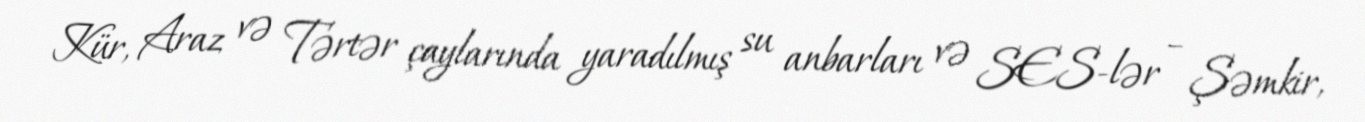
Kür, Araz və Tərtər çaylarında yaradılmış su anbarları və SES-lər – Şəmkir,